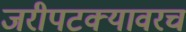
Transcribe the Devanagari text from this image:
जरीपटक्यावरच